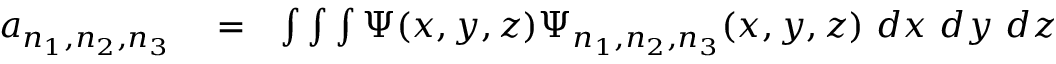
\begin{array} { r l r } { a _ { n _ { 1 } , n _ { 2 } , n _ { 3 } } } & { { } = } & { \int \int \int \Psi ( x , y , z ) \Psi _ { n _ { 1 } , n _ { 2 } , n _ { 3 } } ( x , y , z ) \ d x \ d y \ d z } \end{array}